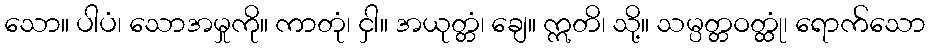
သော။ ပါပံ၊ သောအမှုကို။ ကာတုံ၊ ငှါ။ အယုတ္တံ၊ ချေ။ ဣတိ၊ သို့။ သမ္ပတ္တဝတ္ထုံ၊ ရောက်သော